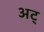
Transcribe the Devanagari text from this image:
अट्